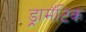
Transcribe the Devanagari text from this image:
ड्रामॅटिक